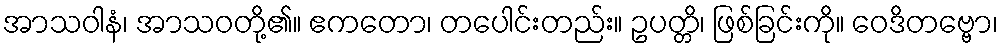
အာသဝါနံ၊ အာသဝတို့၏။ ဧကတော၊ တပေါင်းတည်း။ ဥပတ္တိ၊ ဖြစ်ခြင်းကို။ ဝေဒိတဗ္ဗော၊